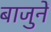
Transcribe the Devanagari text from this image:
बाजुनें